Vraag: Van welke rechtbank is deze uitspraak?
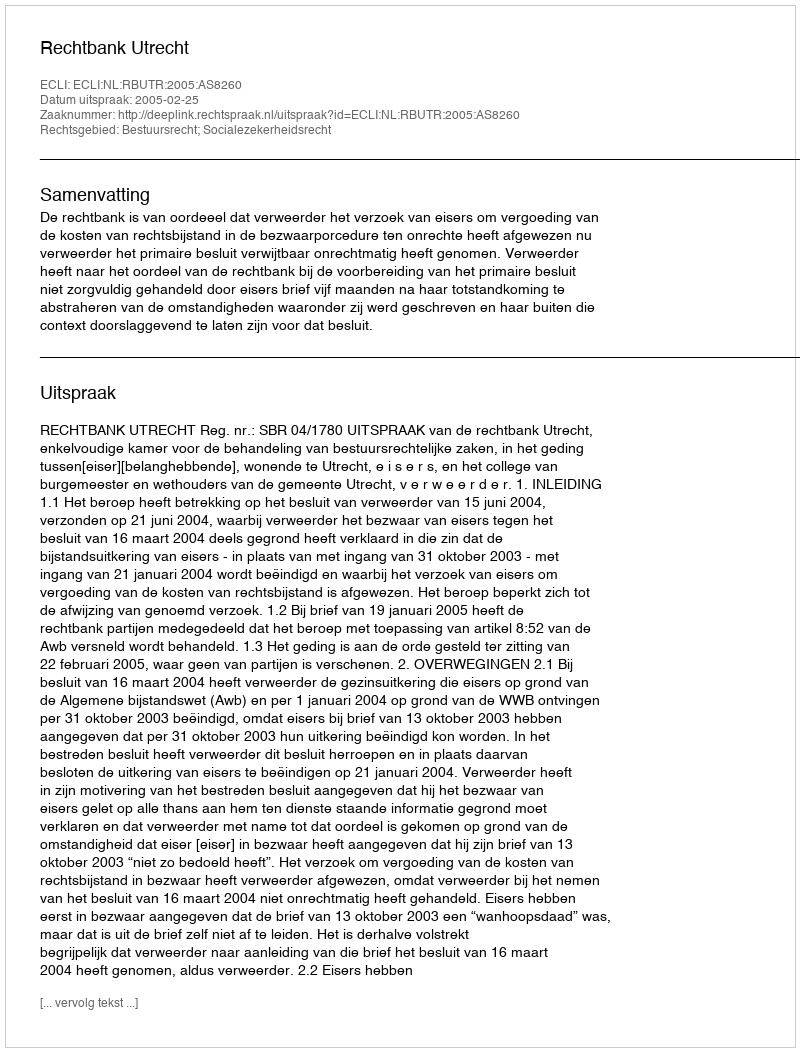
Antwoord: Rechtbank Utrecht